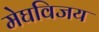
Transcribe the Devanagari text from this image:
मेघविजय